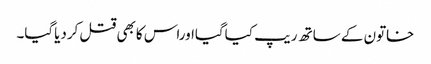
خاتون کے ساتھ ریپ کیاگیااوراس کابھی قتل کردیاگیا۔